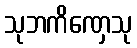
သုဘကိဏှေသု